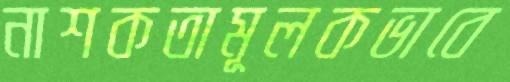
নাশকতামূলকভাবে